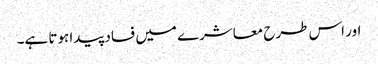
اور اس طرح معاشرے میں فساد پیدا ہوتا ہے۔